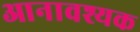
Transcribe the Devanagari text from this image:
आनावश्यक